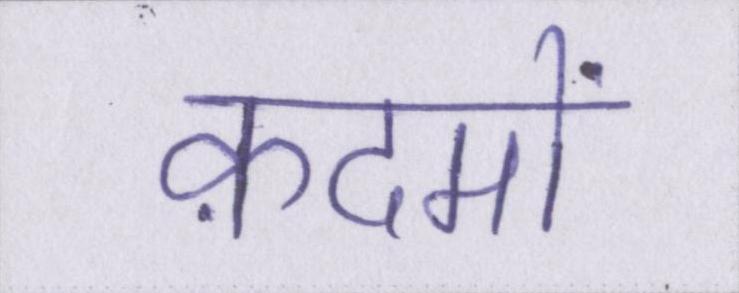
क़दमों